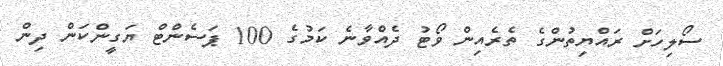
ސޯލިހަށް ރައްޔިތުންގެ ތެރެއިން ވޯޓު ދެއްވާނެ ކަމުގެ 100 ޕަސެންޓް ޔަގީންކަން ދިން